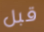
قبل